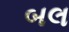
બલ